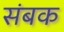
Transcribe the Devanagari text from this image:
संबक